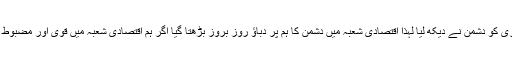
رہبر معظم انقلاب اسلامی نے فرمایا: ہماری اقتصادی شعبہ میں کمزوری کو دشمن نے دیکھ لیا لہذا اقتصادی شعبہ میں دشمن کا ہم پر دباؤ روز بروز بڑھتا گیا اگر ہم اقتصادی شعبہ میں قوی اور مضبوط ہوتے تو دشمن کے اندر اقتصادی پابندیاں عائد کرنے کی ہمت نہ ہوتی۔